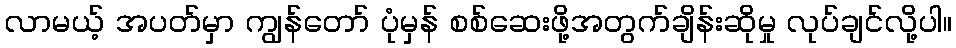
လာမယ့် အပတ်မှာ ကျွန်တော် ပုံမှန် စစ်ဆေးဖို့အတွက်ချိန်းဆိုမှု လုပ်ချင်လို့ပါ။